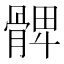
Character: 𩩙